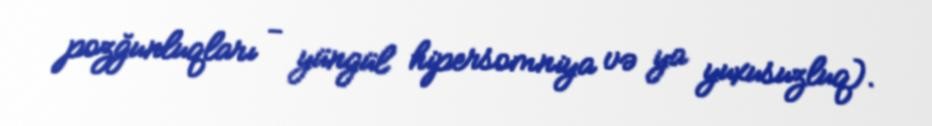
pozğunluqları - yüngül hipersomniya və ya yuxusuzluq).